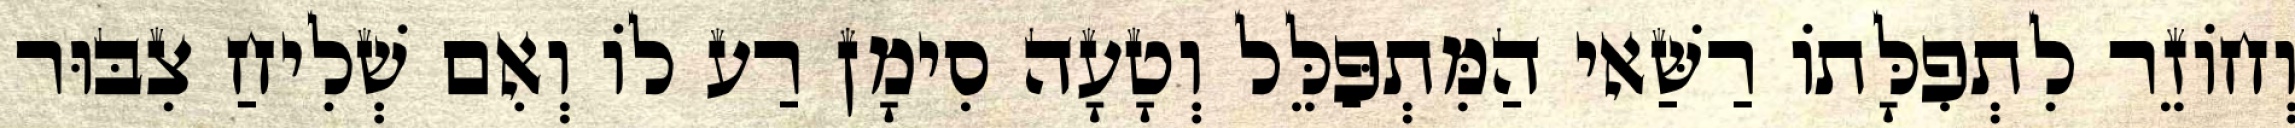
וְחוֹזֵר לִתְפִלָּתוֹ רַשַּׁאי הַמִּתְפַּלֵּל וְטָעָה סִימָן רַע לוֹ וְאִם שְׁלִיחַ צִבּוּר